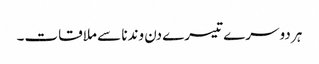
ہر دوسرے تیسرے دن وندنا سے ملاقات۔